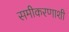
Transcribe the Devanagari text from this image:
समीकरणाशी